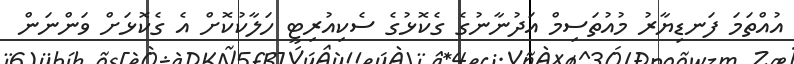
އުއްތަމަ ފަނޑިޔާރު މުއުތަސިމް އަދުނާނުގެ ގެކޮޅުގެ ސެކިއުރިޓީ ހަލާކުކޮށް އެ ގެކޮޅަށް ވަންނަން